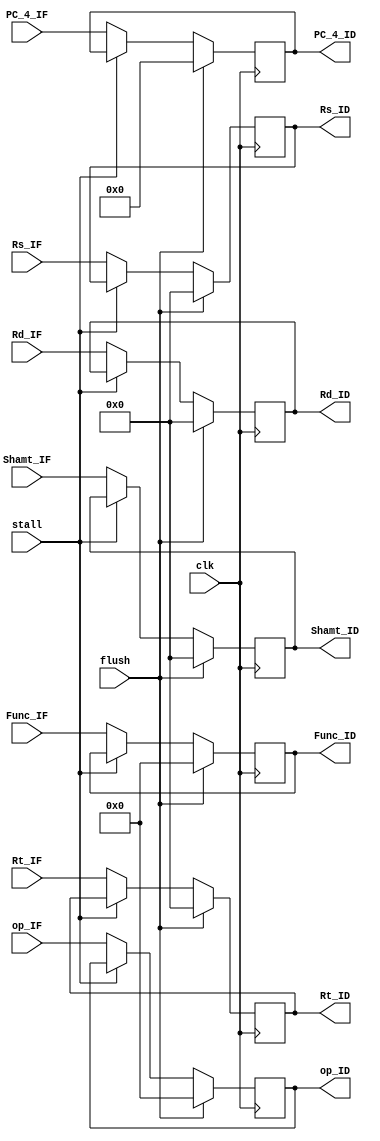
module IF_ID(
input clk,
input stall,
input flush,
input [31:0]PC_4_IF,
input [5:0]op_IF,
input [4:0]Rs_IF,
input [4:0]Rt_IF,
input [4:0]Rd_IF,
input [4:0]Shamt_IF,
input [5:0]Func_IF,
output reg[31:0]PC_4_ID,
output reg[5:0]op_ID,
output reg[4:0]Rs_ID,
output reg[4:0]Rt_ID,
output reg[4:0]Rd_ID,
output reg[4:0]Shamt_ID,
output reg[5:0]Func_ID
);
initial
begin
PC_4_ID=32'b0;
op_ID=6'b0;
Rs_ID=5'b0;
Rt_ID=5'b0;
Rd_ID=5'b0;
Shamt_ID=5'b0;
Func_ID=6'b0;
end

always @(negedge clk)begin
	if(flush)begin//
		PC_4_ID <= 32'h00000000;
		{op_ID, Rs_ID, Rt_ID, Rd_ID, Shamt_ID, Func_ID} <= 32'h00000000;
	end
	else if(!stall)begin//
		PC_4_ID <= PC_4_IF;
		{op_ID, Rs_ID, Rt_ID, Rd_ID, Shamt_ID, Func_ID} <= {op_IF, Rs_IF, Rt_IF, Rd_IF, Shamt_IF, Func_IF};
	end
	// 
end
endmodule